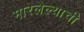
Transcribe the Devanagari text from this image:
मारलेल्याची